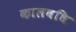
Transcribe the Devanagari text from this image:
कालवधि